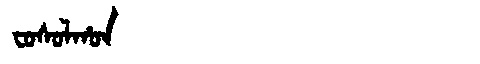
Manchu: ᠸᠣᠰᠣᠯᡥᠣᠨ
Romanization: FOSOLHON